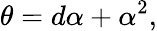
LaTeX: \theta=d\alpha+\alpha^{2},